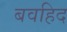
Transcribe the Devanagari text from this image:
बवहिद